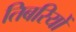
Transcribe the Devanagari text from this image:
तिबरियों